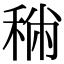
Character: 𥞻